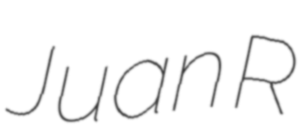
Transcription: Juan R